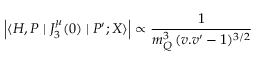
\left| \langle H , P \mid J _ { 3 } ^ { \mu } ( 0 ) \mid P ^ { \prime } ; X \rangle \right| \propto \frac { 1 } { m _ { Q } ^ { 3 } \, ( v . v ^ { \prime } - 1 ) ^ { 3 / 2 } }